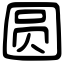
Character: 圆